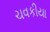
ચવકીયા